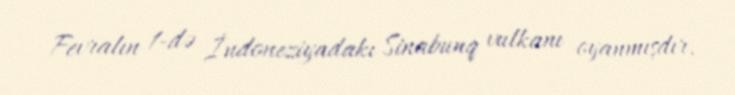
Fevralın 1-də İndoneziyadakı Sinabunq vulkanı oyanmışdır.